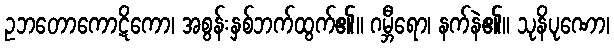
ဥဘတောကောဋိကော၊ အစွန်းနှစ်ဘက်ထွက်၏။ ဂမ္ဘီရော၊ နက်နဲ၏။ သုနိပုဏော၊